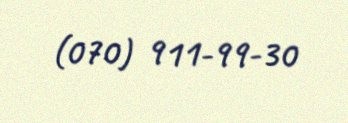
(070) 911-99-30